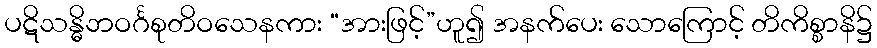
ပဋိသန္ဓိဘဝင်္ဂစုတိဝသေနကား “အားဖြင့်”ဟူ၍ အနက်ပေး သောကြောင့် တိကိစ္စာနိ၌